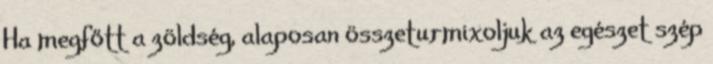
Ha megfőtt a zöldség, alaposan összeturmixoljuk az egészet szép